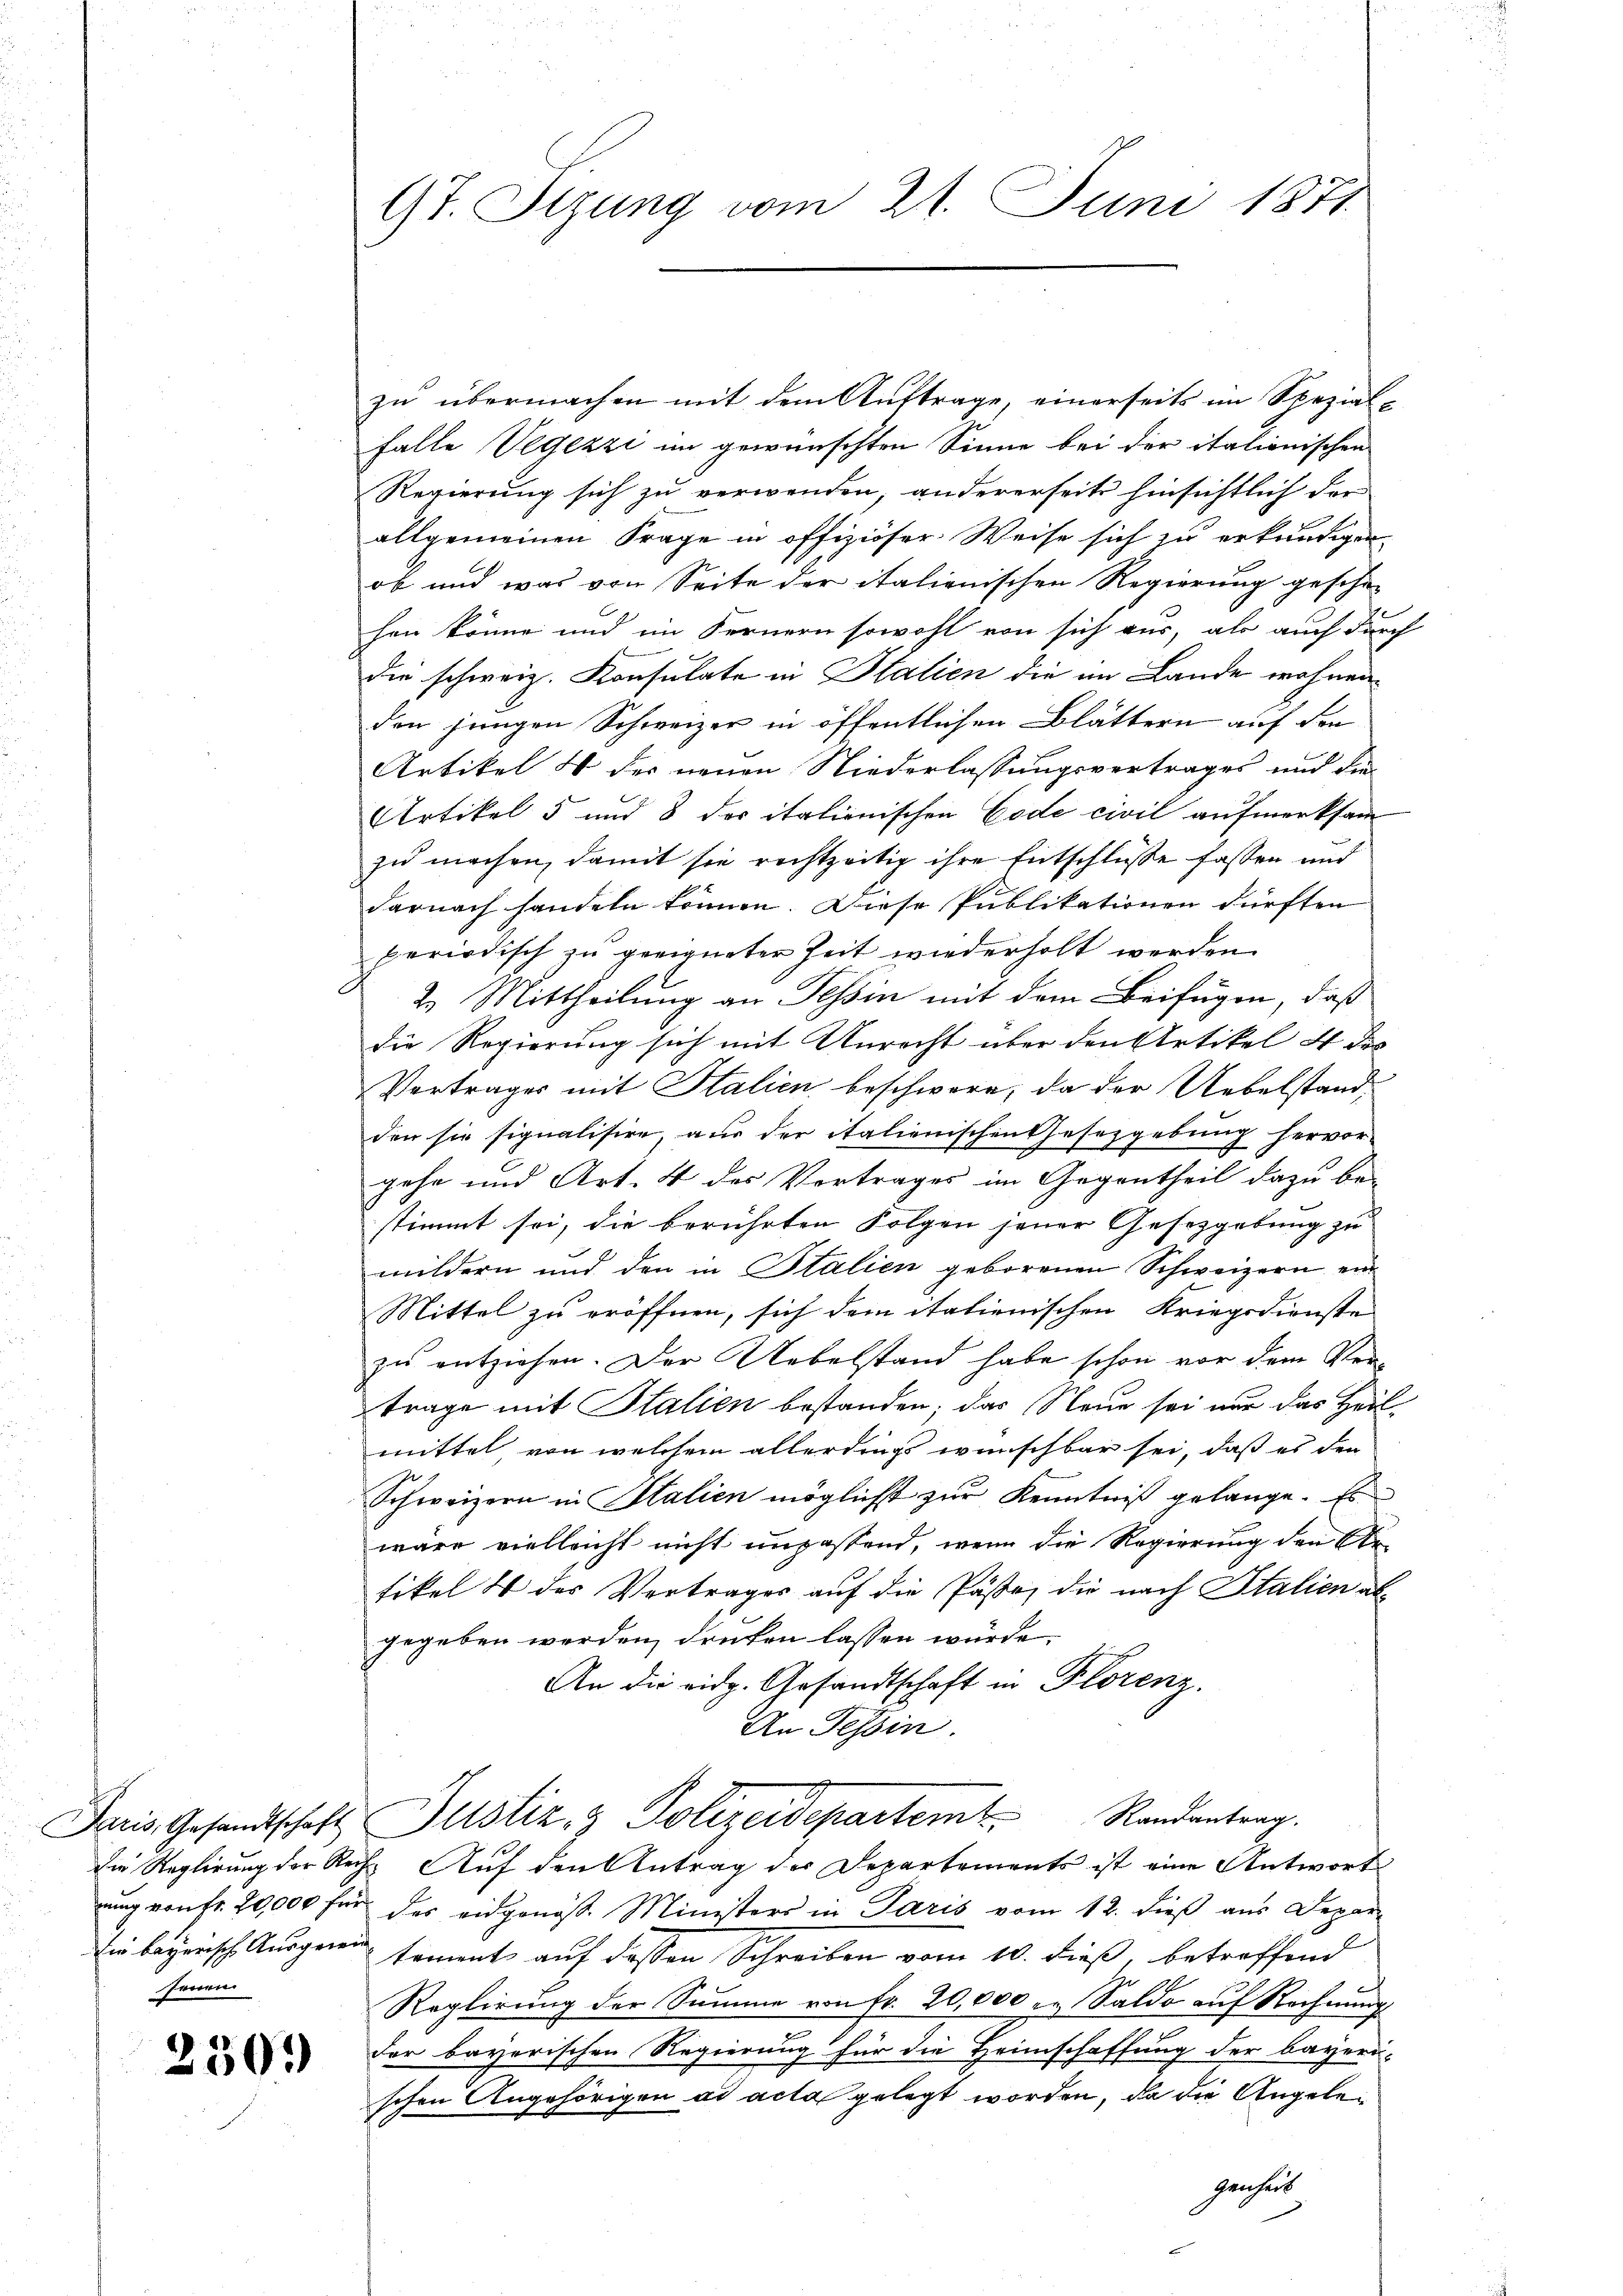
jenen

2

501

Gt. Sizung vom 21. Juni 1871

zu übermachen mit dem Auftrage, einerseits im Spezial¬
Falle Vegezzi im gewünschten Sinne bei der italienischen
Regierung sich zu verwenden, andererseits hinsichtlich der
allgemeinen Frage in offiziöser. Weise sich zu erkundigen.
ob und was von Seite der italienischen Regierung geschä-
hen könne und im Fernern sowohl von sich aus, als auch durch
die schweiz. Konsulate in Italien die im Lande wohnen
den jungen Schweizer in öffentlichen Blättern auf den
Artikel 4 der neuen Niederlassungsvertrages und die
Artikel 5 und 8 der italienischen Code civil aufmerksam
zu machen, damit sie rechtzeitig ihre Entschlüsse fassen und
darnach handeln können. Diese Publikationen dürften
periodisch zu geeigneter Zeit wiederholt werden.
2. Mittheilung an Tessin mit dem Beifügen, daß
die Regierung sich mit Unrecht über den Artikel 4 des
Vertrages mit Stalien beschwere, da der Uebelstandden sie signalisire, aus der italienischen Gesetzgebung hervor-
gehe und Art. 4 des Vortrages im Gegentheil dazu be-
stimmt sei, die berührten Folgen jener Gesetzgebung zu
mildern und den in Italien geborenen Schweizern ein
Mittel zu eröffnen, sich dem italienischen Kriegsdienste
zu entziehen. Der Uebelstand habe schon vor dem Vertrage mit Italien bestanden; das Neue sei nur das Heilmittel, von welchem allerdings wünschbar sei, daß es den
Schweizern in Italien möglichst zur Kenntniß gelange. Es
wäre vielleicht nicht unpassend, wenn die Regierung den Artikel I der Vertrages auf die Päße, die nach Italien algegeben werden, drucken lassen würde.
An die eidg. Gesandtschaft in Florenz.
An Tessin.
Paris Gesandtschaft Justiz- & Polizeidepartem Randantrag.
Die Reglirung der Recht Auf den Antrag der Departements ist eine Antwort
uung von Fr. 20,000 für der eidgenös. Ministers in Paris vom 12. dieß aus Depar-
Ein bayrisch Ausgenug sament auf dassen Schreiben vom 10. dieß, betreffend
Reglirung der Summe von fr. 20,000 in Saldo auf Rechnung
der bayerischen Regierung für die Heimschaffung der bayeri-
schen Angehörigen ad acta gelegt worden, da die Angelegenheit